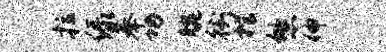
拉绿奉功腕街棺悠伸